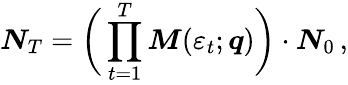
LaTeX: \boldsymbol{N}_{T}=\bigg(\prod_{t=1}^{T}\boldsymbol{M}(\varepsilon_{t};\boldsymbol{q})\bigg)\cdot\boldsymbol{N}_{0}\, ,